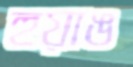
হুয়াঙ